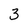
Character: 3